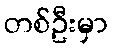
တစ်ဦးမှာ